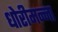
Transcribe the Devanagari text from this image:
धोरीमन्ना